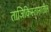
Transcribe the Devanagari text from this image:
ताजिकिस्तानातील